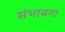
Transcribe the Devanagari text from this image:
संभाबना